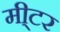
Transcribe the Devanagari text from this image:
मी्टर